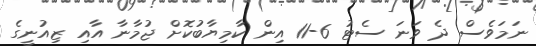
ނަމަވެސް ދެ ވަނަ ސެޓު 6-11 އިން ކާމިޔާބުކޮށް ޖުމާނާ އާއި ޒިއުނީގެ